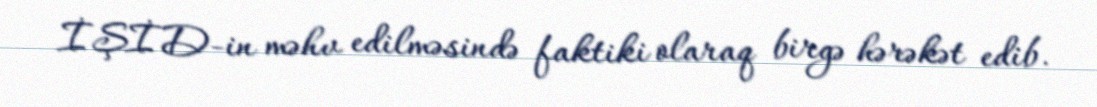
İŞİD-in məhv edilməsində faktiki olaraq birgə hərəkət edib.